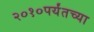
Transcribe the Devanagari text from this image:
२०१०पर्यंतच्या